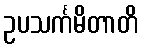
ဥပသင်္ကမိတာတိ